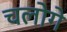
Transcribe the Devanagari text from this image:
चलोगे